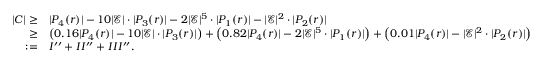
\begin{array} { r l } { | C | \geq } & { | P _ { 4 } ( r ) | - 1 0 | \mathcal { E } | \cdot | P _ { 3 } ( r ) | - 2 | \mathcal { E } | ^ { 5 } \cdot | P _ { 1 } ( r ) | - | \mathcal { E } | ^ { 2 } \cdot | P _ { 2 } ( r ) | } \\ { \geq } & { \left( 0 . 1 6 | P _ { 4 } ( r ) | - 1 0 | \mathcal { E } | \cdot | P _ { 3 } ( r ) | \right) + \left( 0 . 8 2 | P _ { 4 } ( r ) | - 2 | \mathcal { E } | ^ { 5 } \cdot | P _ { 1 } ( r ) | \right) + \left( 0 . 0 1 | P _ { 4 } ( r ) | - | \mathcal { E } | ^ { 2 } \cdot | P _ { 2 } ( r ) | \right) } \\ { : = } & { I ^ { \prime \prime } + I I ^ { \prime \prime } + I I I ^ { \prime \prime } . } \end{array}